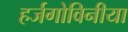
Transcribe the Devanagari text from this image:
हर्जगोविनीया